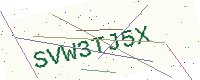
Text: SVW3TJ5X